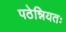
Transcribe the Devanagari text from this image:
पठेन्नियतः